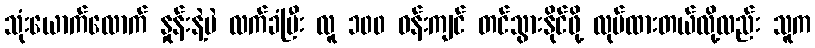
သုံးယောက်လောက် နှုန်းနဲ့ပဲ လက်ခံပြီး လူ ၁၀၀ ဝန်းကျင် တင်သွားနိုင်ဖို့ လုပ်ထားတယ်လို့လည်း သူက